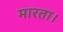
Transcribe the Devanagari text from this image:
मारता।